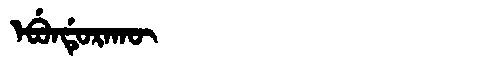
Manchu: ᡝᠪᡠᠨᡩᡠᡵᠠᡴᡡ
Romanization: EBUNDURAKŪ